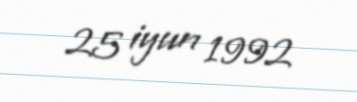
25 iyun 1992